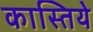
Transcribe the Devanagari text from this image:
कास्तिये